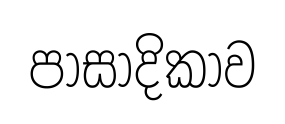
පාසාදිකාව